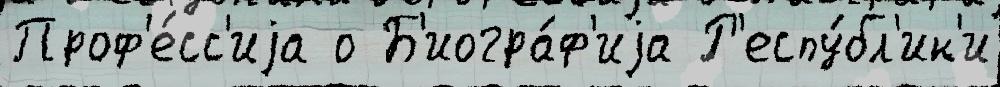
Проф'е́сс'иjа о Б'иогра́ф'иjа Р'еспу́бл'ик'и